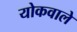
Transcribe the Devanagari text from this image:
योकवाले